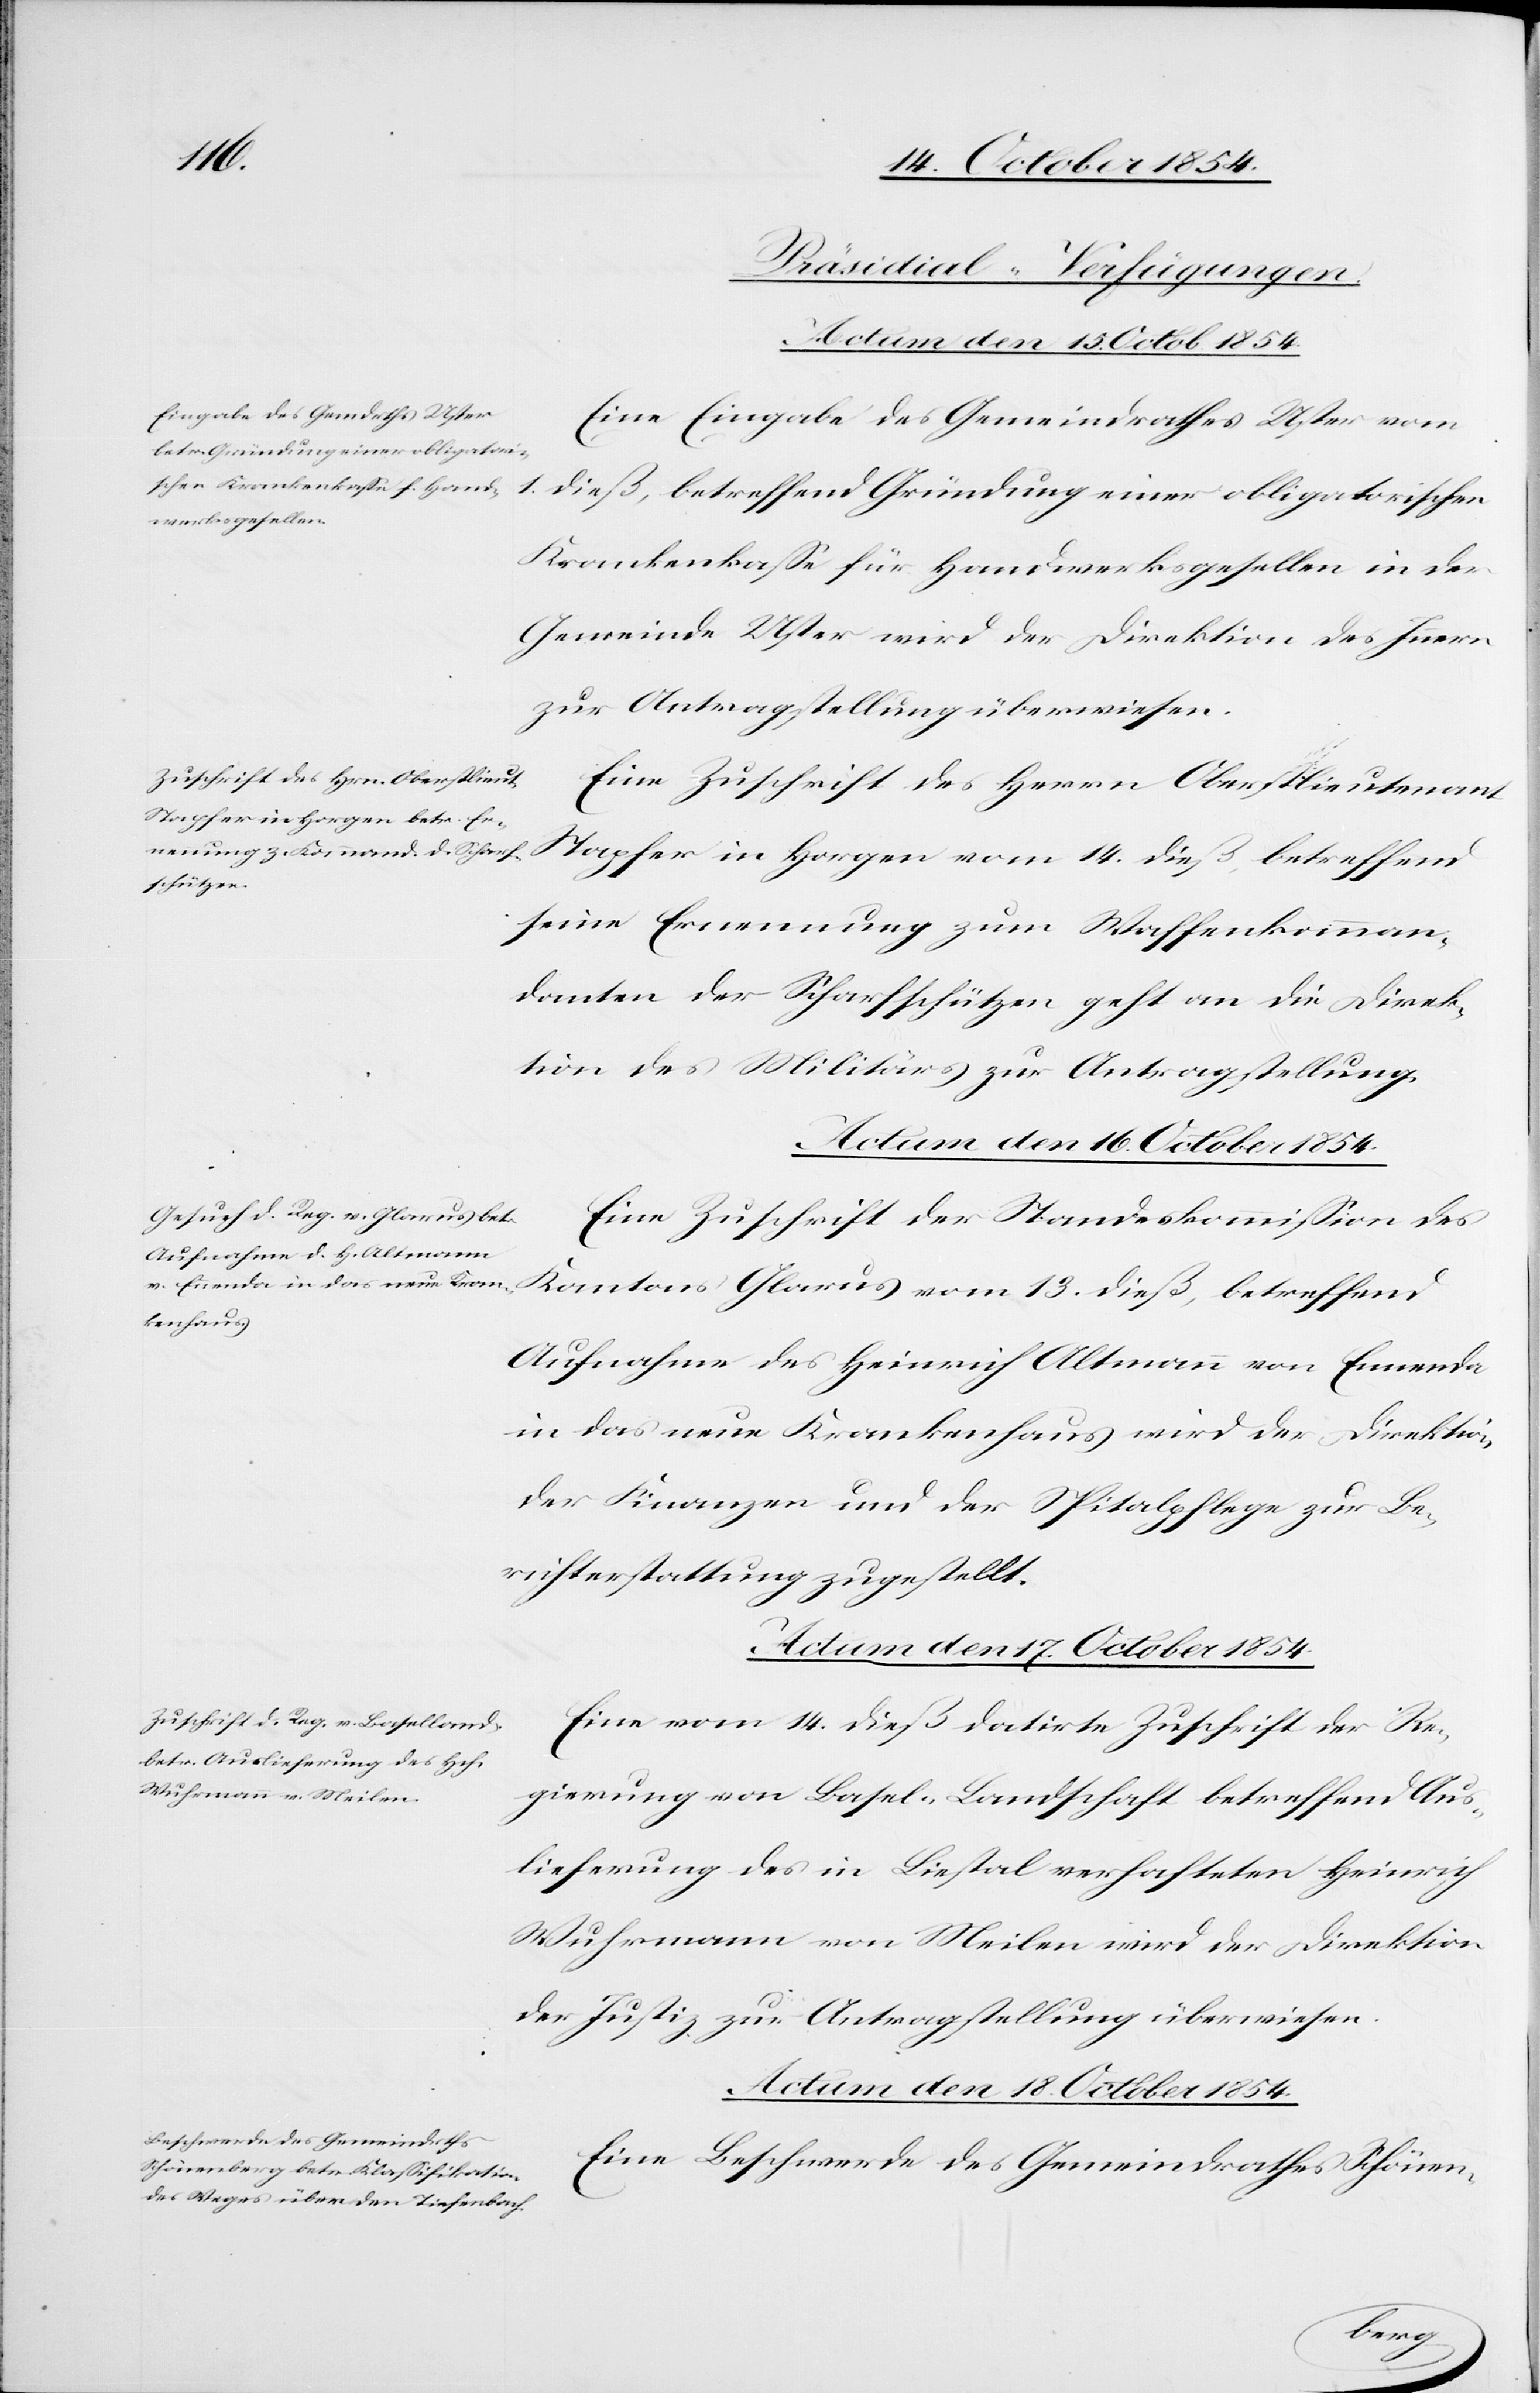
[Präsidial-Verfügungen.]
Eine Eingabe des Gemeindrathes Uster vom
1. dieß, betreffend Gründung einer obligatorischen
Krankenkaße für Handwerksgesellen in der
Gemeinde Uster wird der Direktion des Innern
zur Antragstellung überwiesen.
Eine Zuschrift des Herrn Oberstlieutenant
Stapfer in Horgen vom 14. dieß, betreffend
seine Ernennung zum Waffenkomman¬
danten der Scharfschützen geht an die Direk¬
tion des Militärs zur Antragstellung.
Actum den 16. October 1854.
Eine Zuschrift der Standeskommißion des
Kantons Glarus vom 13. dieß, betreffend
Aufnahme des Heinrich Altmann von Ennenda
in das neue Krankenhaus wird der Direktion
der Finanzen und der Spitalpflege zur Be¬
richterstattung zugestellt.
Actum den 18. October 1854.
Eine vom 14. dieß datirte Zuschrift der Re¬
gierung von Basel-Landschaft betreffend Aus¬
lieferung des in Liestal verhafteten Heinrich
Wuhrmann von Meilen wird der Direktion
der Justiz zur Antragstellung überwiesen.
Eine Beschwerde des Gemeindrathes Schönen-